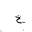
Letter: _ha